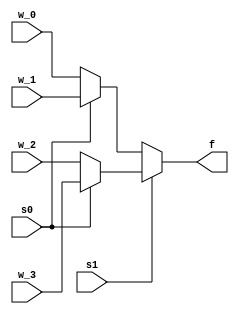
module mux_4_65(w_0, w_1, w_2,w_3, f, s0, s1);
//Building 4x1 mux

input [64:0] w_0, w_1, w_2, w_3;
input s0,s1;
output [64:0] f;
 wire [64:0] ternary_output_0, ternary_output_1;
 
assign ternary_output_0 = s0 ? w_1 : w_0;
assign ternary_output_1 = s0 ? w_3 : w_2;
assign f = s1 ? ternary_output_1  : ternary_output_0;

endmodule